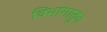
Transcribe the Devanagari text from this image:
विभागातुन